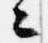
々